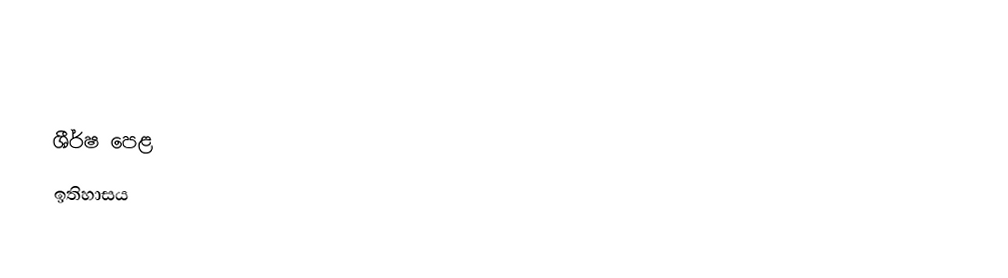

ශීර්ෂ පෙළ
ඉතිහාසය